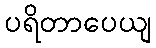
ပရိတာပေယျ